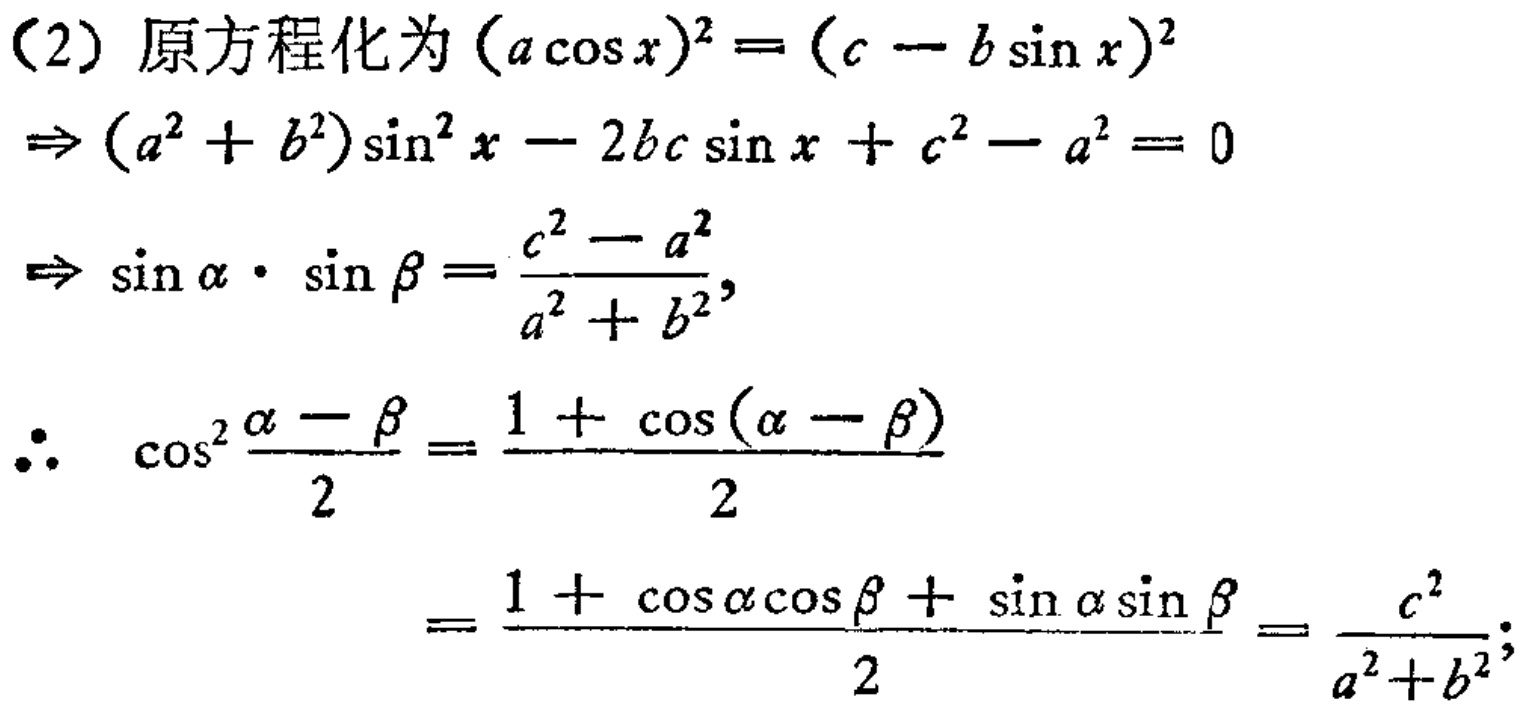
（2）原方程化为\((a\cos x)^2 = (c - b\sin x)^2\)
\(\Rightarrow (a^2 + b^2)\sin^2 x - 2bc\sin x + c^2 - a^2 = 0\)
\(\Rightarrow \sin\alpha\cdot\sin\beta=\frac{c^2 - a^2}{a^2 + b^2},\)
\(\therefore \cos^2\frac{\alpha - \beta}{2}=\frac{1 + \cos(\alpha - \beta)}{2}\)
\(=\frac{1 + \cos\alpha\cos\beta + \sin\alpha\sin\beta}{2}=\frac{c^2}{a^2 + b^2};\)